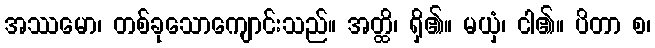
အဿမော၊ တစ်ခုသောကျောင်းသည်။ အတ္ထိ၊ ရှိ၏။ မယှံ၊ ငါ၏။ ပိတာ စ၊